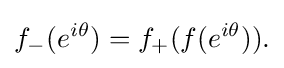
\displaystyle {f_{-}(e^{i\theta })=f_{+}(f(e^{i\theta })).}